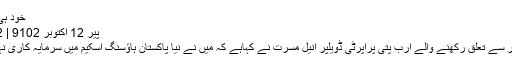
خود ہی بتا دیا
پیر‬‮ 21 اکتوبر‬‮ 2019 | 20:47
مانچسٹر سے تعلق رکھنے والے ارب پتی پراپرٹی ڈویلپر انیل مسرت نے کہاہے کہ میں نے نیا پاکستان ہاؤسنگ اسکیم میں سرمایہ کاری نہیں کی۔